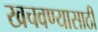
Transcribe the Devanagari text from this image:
खचवण्यासाठी